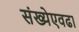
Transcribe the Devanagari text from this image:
संख्येएवढा